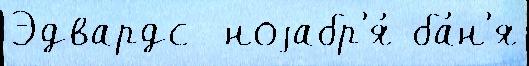
Эдвардс  ноjабр'я́ ба́н'я